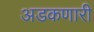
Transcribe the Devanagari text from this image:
अडकणारी